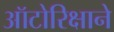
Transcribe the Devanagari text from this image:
ऑटोरिक्षाने